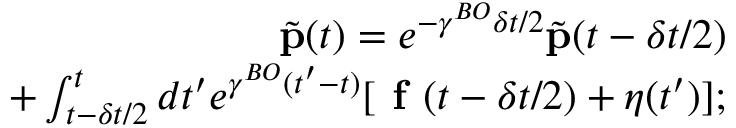
\begin{array} { r } { \tilde { \mathbf { p } } ( t ) = e ^ { - \gamma ^ { B O } \delta t / 2 } \tilde { \mathbf { p } } ( t - \delta t / 2 ) } \\ { + \int \displaylimits _ { t - \delta t / 2 } ^ { t } d t ^ { \prime } e ^ { \gamma ^ { B O } ( t ^ { \prime } - t ) } [ \textbf { f } ( t - \delta t / 2 ) + \boldsymbol { \eta } ( t ^ { \prime } ) ] ; } \end{array}